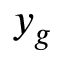
y _ { g }